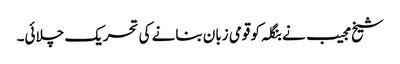
شیخ مجیب نے بنگلہ کو قومی زبان بنانے کی تحریک چلائی۔